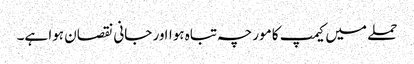
حملے میں کیمپ کا مورچہ تباہ ہوااور جانی نقصان ہوا ہے۔